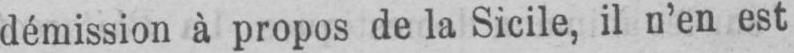
démission à propos de la Sicile, il n’en est